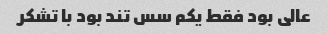
عالی بود فقط یکم سس تند بود با تشکر